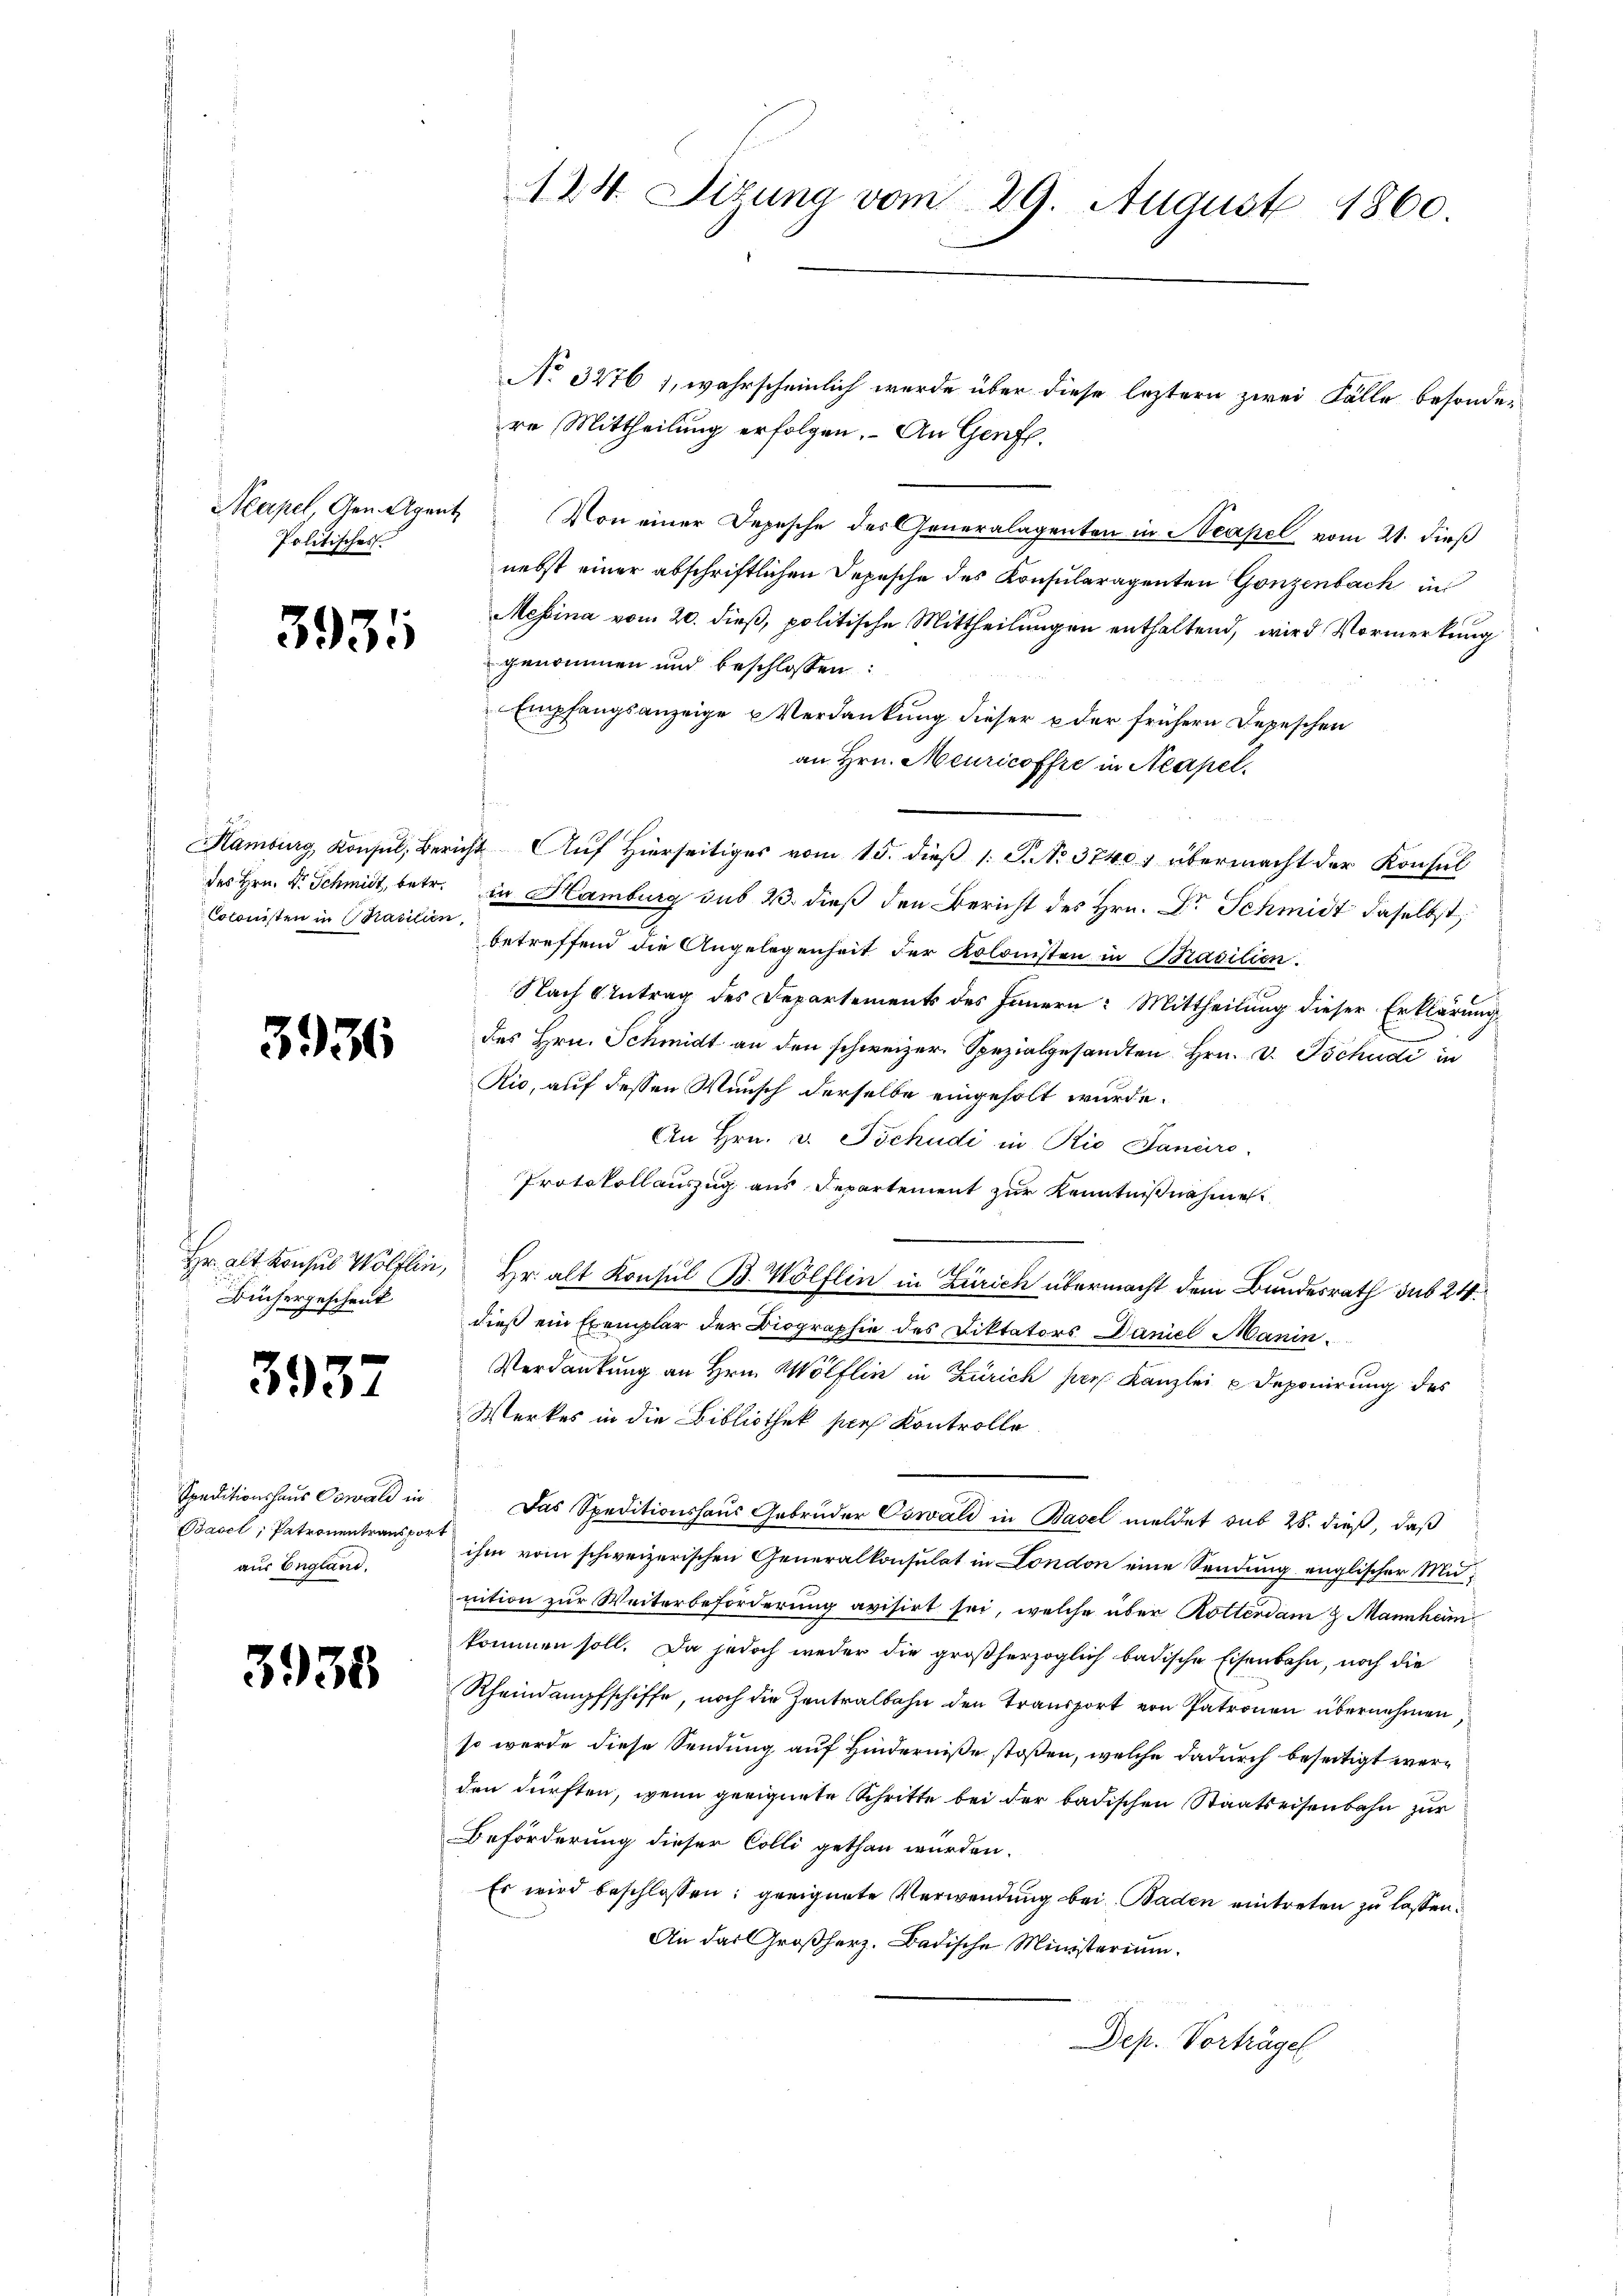
Politisches

393

Colonisten in Brasilien,

3936

Büchergeschenk

3937

Basel, Patronentranspor
aus England,

3938

No 32761, wahrscheinlich werde über diese leztern zwei Fälle besondere Mittheilung erfolgen. An Genfl.
Acapel, den Agent. Von einer Depesche des Generalagenten in Neapel vom 21. dieß
nebst einer abschriftlichen Depesche des Konsularagenten Ganzenbach in
Messina vom 20. dieß, politische Mittheilungen enthaltend, wird Vormerkung
genommen und beschlossen:
Empfangsanzeige u Verdankung dieser u der frühern Depeschen
an Hrn. Meuricoffre in Neapel.
Hamburg, Konsul, Bericht Auf Hierseitiges vom 15. dieß 1 S. No. 3740 übermacht der Konsul
des Hrn. Dr. Schmidt, betr. in Hamburg sub 23. dieß den Bericht des Hrn. Dr Schmidt daselbst,
betreffend die Angelegenheit der Kolonisten in Basilien.
Nach Antrag des Departements des Innern: Mittheilung dieser Erklärung
des Hrn. Schmidt an den schweizer. Spezialgesandten Hrn. v. Tschudi in
Rio, auf dessen Wunsch derselbe eingeholt wurde.
An Hrn. v. Tschudi in Rio Janaro
Protokollauszug aus Departement zur Kenntnißnahme
Hr. alt Konsul Wölflin, Hr. alt Konsul B. Wölflin in Zürich übermacht dem Bundesrath sub 24.
dieß ein Exemplar der Biographie des Diktators Daniel Manin¬
Verdankung an Hrn. Wölflin in Zürich per Kanzlei Deponirung des
Werkes in die Bibliothek sich Kontrolle
Speditionshaus Oswald in Das Speditionshaus Gebrüder Oswald in Basel meldet sub 28. dieß, daß
at
ihm vom schweizerischen Generalkonsulat in London eine Sendung englischer Munition zur Weiterbeförderung avisirt sei, welche über Rotterdam 8. Mannheim
kommen soll. Da jedoch weder die großherzoglich badische Eisenbahn, noch die
Rheindampfschiffe, noch die Zentralbahn den Transport von Patronen übernehmen,
so wurde diese Sendung auf Hinderniße stoßen, welche dadurch beseitigt werden dürften, wenn geeignete Schritte bei der badischen Staatseisenbahn zur
Beförderung dieser Colli gethan würden.
Es wird beschlossen: geeignete Verwendung bei Baden eintreten zu lassen.
An das Großherz. Badische Ministerium.
Dep. Vorträgen

124. Sizung vom 29. August 1860.